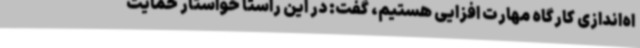
اه‌اندازی کارگاه مهارت افزایی هستیم، گفت: در این راستا خواستار حمایت